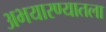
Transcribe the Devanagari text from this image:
अभयारण्यातला